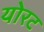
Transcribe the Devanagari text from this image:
योरट